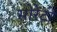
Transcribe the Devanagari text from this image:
सोरेंटो